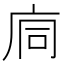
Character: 𢈉